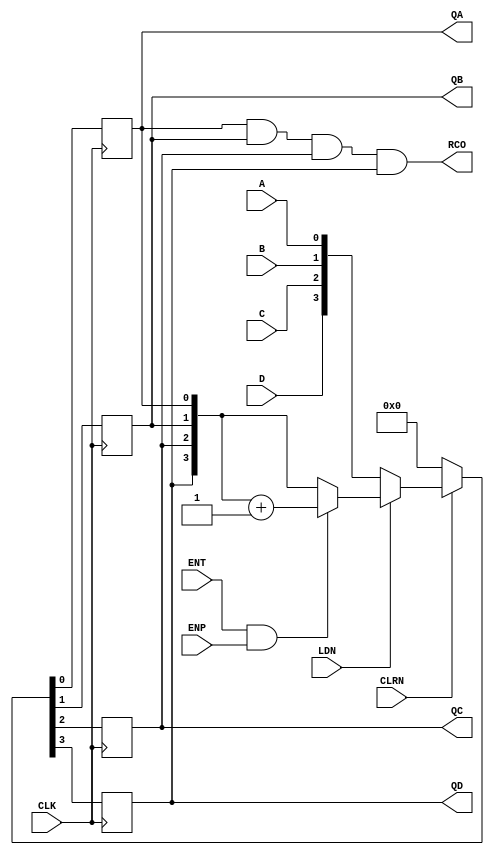
module my_74LS163(
    input A,B,C,D,
    output reg QA,QB,QC,QD, 
    input LDN,
    input ENP,
    input ENT,
    input CLRN,
    output RCO,
    input  CLK
    );
   
    assign RCO=QA&QB&QC&QD;
    always@(posedge CLK)
   begin
    if(~CLRN)
    {QD,QC,QB,QA}<=4'b0000;
    else if(~LDN)
    {QD,QC,QB,QA}<={D,C,B,A};
    else if(ENT&ENP)
    {QD,QC,QB,QA}<={QD,QC,QB,QA}+4'b0001;
    else
    {QD,QC,QB,QA}<={QD,QC,QB,QA}; 
   end
endmodule